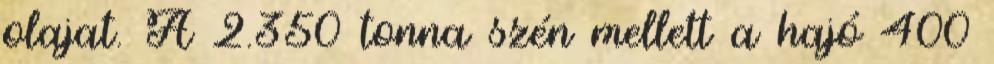
olajat. A 2.350 tonna szén mellett a hajó 400